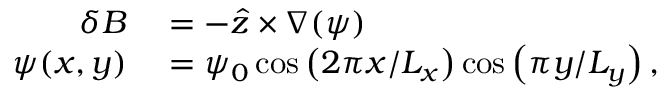
\begin{array} { r l } { \delta B } & { { } = - \hat { z } \times \nabla ( \psi ) } \\ { \psi ( x , y ) } & { { } = \psi _ { 0 } \cos \left( 2 \pi x / L _ { x } \right) \cos \left( \pi y / L _ { y } \right) , } \end{array}